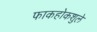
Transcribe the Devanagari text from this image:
फाकहोकशुले